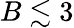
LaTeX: B\lesssim 3